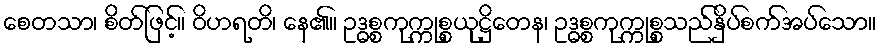
စေတသာ၊ စိတ်ဖြင့်။ ဝိဟရတိ၊ နေ၏။ ဥဒ္ဓစ္စကုက္ကုစ္စယုဋ္ဌိတေန၊ ဥဒ္ဓစ္စကုက္ကုစ္စသည်နှိပ်စက်အပ်သော။